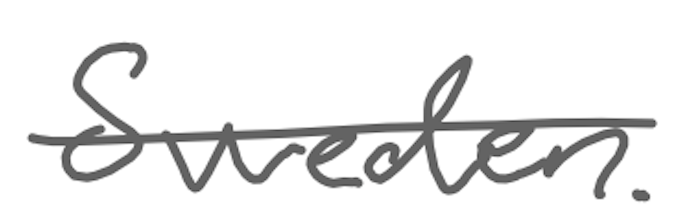
Text: Sweden.
Cross-out: single-line
Writing tool: digital_gray